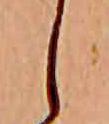
し